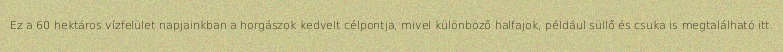
Ez a 60 hektáros vízfelület napjainkban a horgászok kedvelt célpontja, mivel különböző halfajok, például süllő és csuka is megtalálható itt.